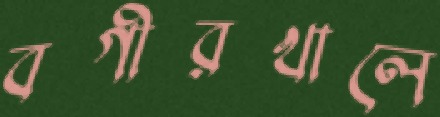
বগীরখালে